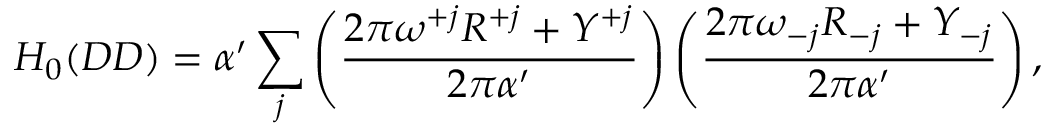
H _ { 0 } ( D D ) = \alpha ^ { \prime } \sum _ { j } \left( \frac { 2 \pi \omega ^ { + j } R ^ { + j } + Y ^ { + j } } { 2 \pi \alpha ^ { \prime } } \right) \left( \frac { 2 \pi \omega _ { - j } R _ { - j } + Y _ { - j } } { 2 \pi \alpha ^ { \prime } } \right) ,